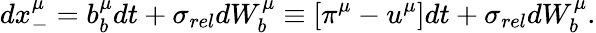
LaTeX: dx_{-}^{\mu}=b_{b}^{\mu}dt+\sigma_{rel}dW_{b}^{\mu}\equiv\left[\pi^{\mu}-u^{\mu}\right]dt+\sigma_{rel}dW_{b}^{\mu}.